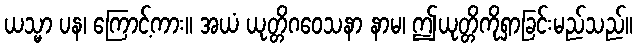
ယသ္မာ ပန၊ ကြောင့်ကား။ အယံ ယုတ္တိဂဝေသနာ နာမ၊ ဤယုတ္တိကိုရှာခြင်းမည်သည်။